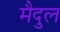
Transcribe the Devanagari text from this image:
मैदुल